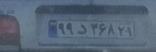
۹۹د۳۶۸۲۱